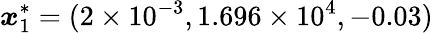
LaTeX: \boldsymbol{x}_{1}^{*}=(2\times 10^{-3},1.696\times 10^{4},-0.03)